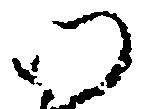
門